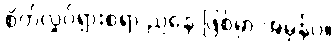
စိတ်လှုပ်ရှားစရာ ညနေ ဖြစ်မှာ အမှန်ပဲ။